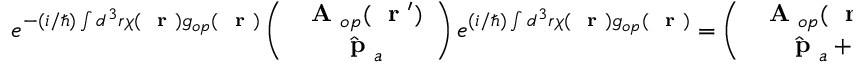
e ^ { - ( i / \hbar ) \int d ^ { 3 } r \chi ( \mathrm { ~ \bf ~ r ~ } ) g _ { o p } ( \mathrm { ~ \bf ~ r ~ } ) } \left( \begin{array} { c } { \mathrm { ~ \bf ~ A ~ } _ { o p } ( \mathrm { ~ \bf ~ r ~ } ^ { \prime } ) } \\ { \hat { \mathrm { ~ \bf ~ p ~ } } _ { a } } \end{array} \right) e ^ { ( i / \hbar ) \int d ^ { 3 } r \chi ( \mathrm { ~ \bf ~ r ~ } ) g _ { o p } ( \mathrm { ~ \bf ~ r ~ } ) } = \left( \begin{array} { c } { \mathrm { ~ \bf ~ A ~ } _ { o p } ( \mathrm { ~ \bf ~ r ~ } ^ { \prime } ) + \nabla \chi ( \mathrm { ~ \bf ~ r ~ } ^ { \prime } ) } \\ { \hat { \mathrm { ~ \bf ~ p ~ } } _ { a } + q _ { a } \nabla \chi ( \mathrm { ~ \bf ~ r ~ } _ { a } ) } \end{array} \right)